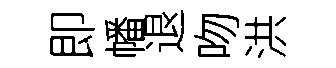
即幡退吻洪